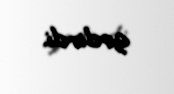
gedirdi.